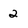
Character: 2